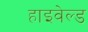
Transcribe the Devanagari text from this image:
हाइवेल्ड